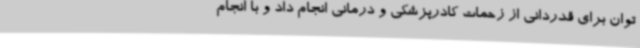
توان برای قدردانی از زحمات کادرپزشکی و درمانی انجام داد و با انجام